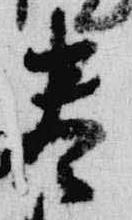
巻